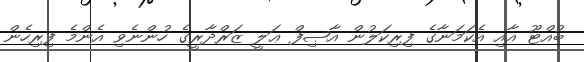
ބުއްޓޫ އާއި އެކަމަނާގެ ފިރިކަލުން އާޞިފް ޢަލީ ޒަރްދާރީގެ ހުންނެވި އެންމެ ފިރިހެން